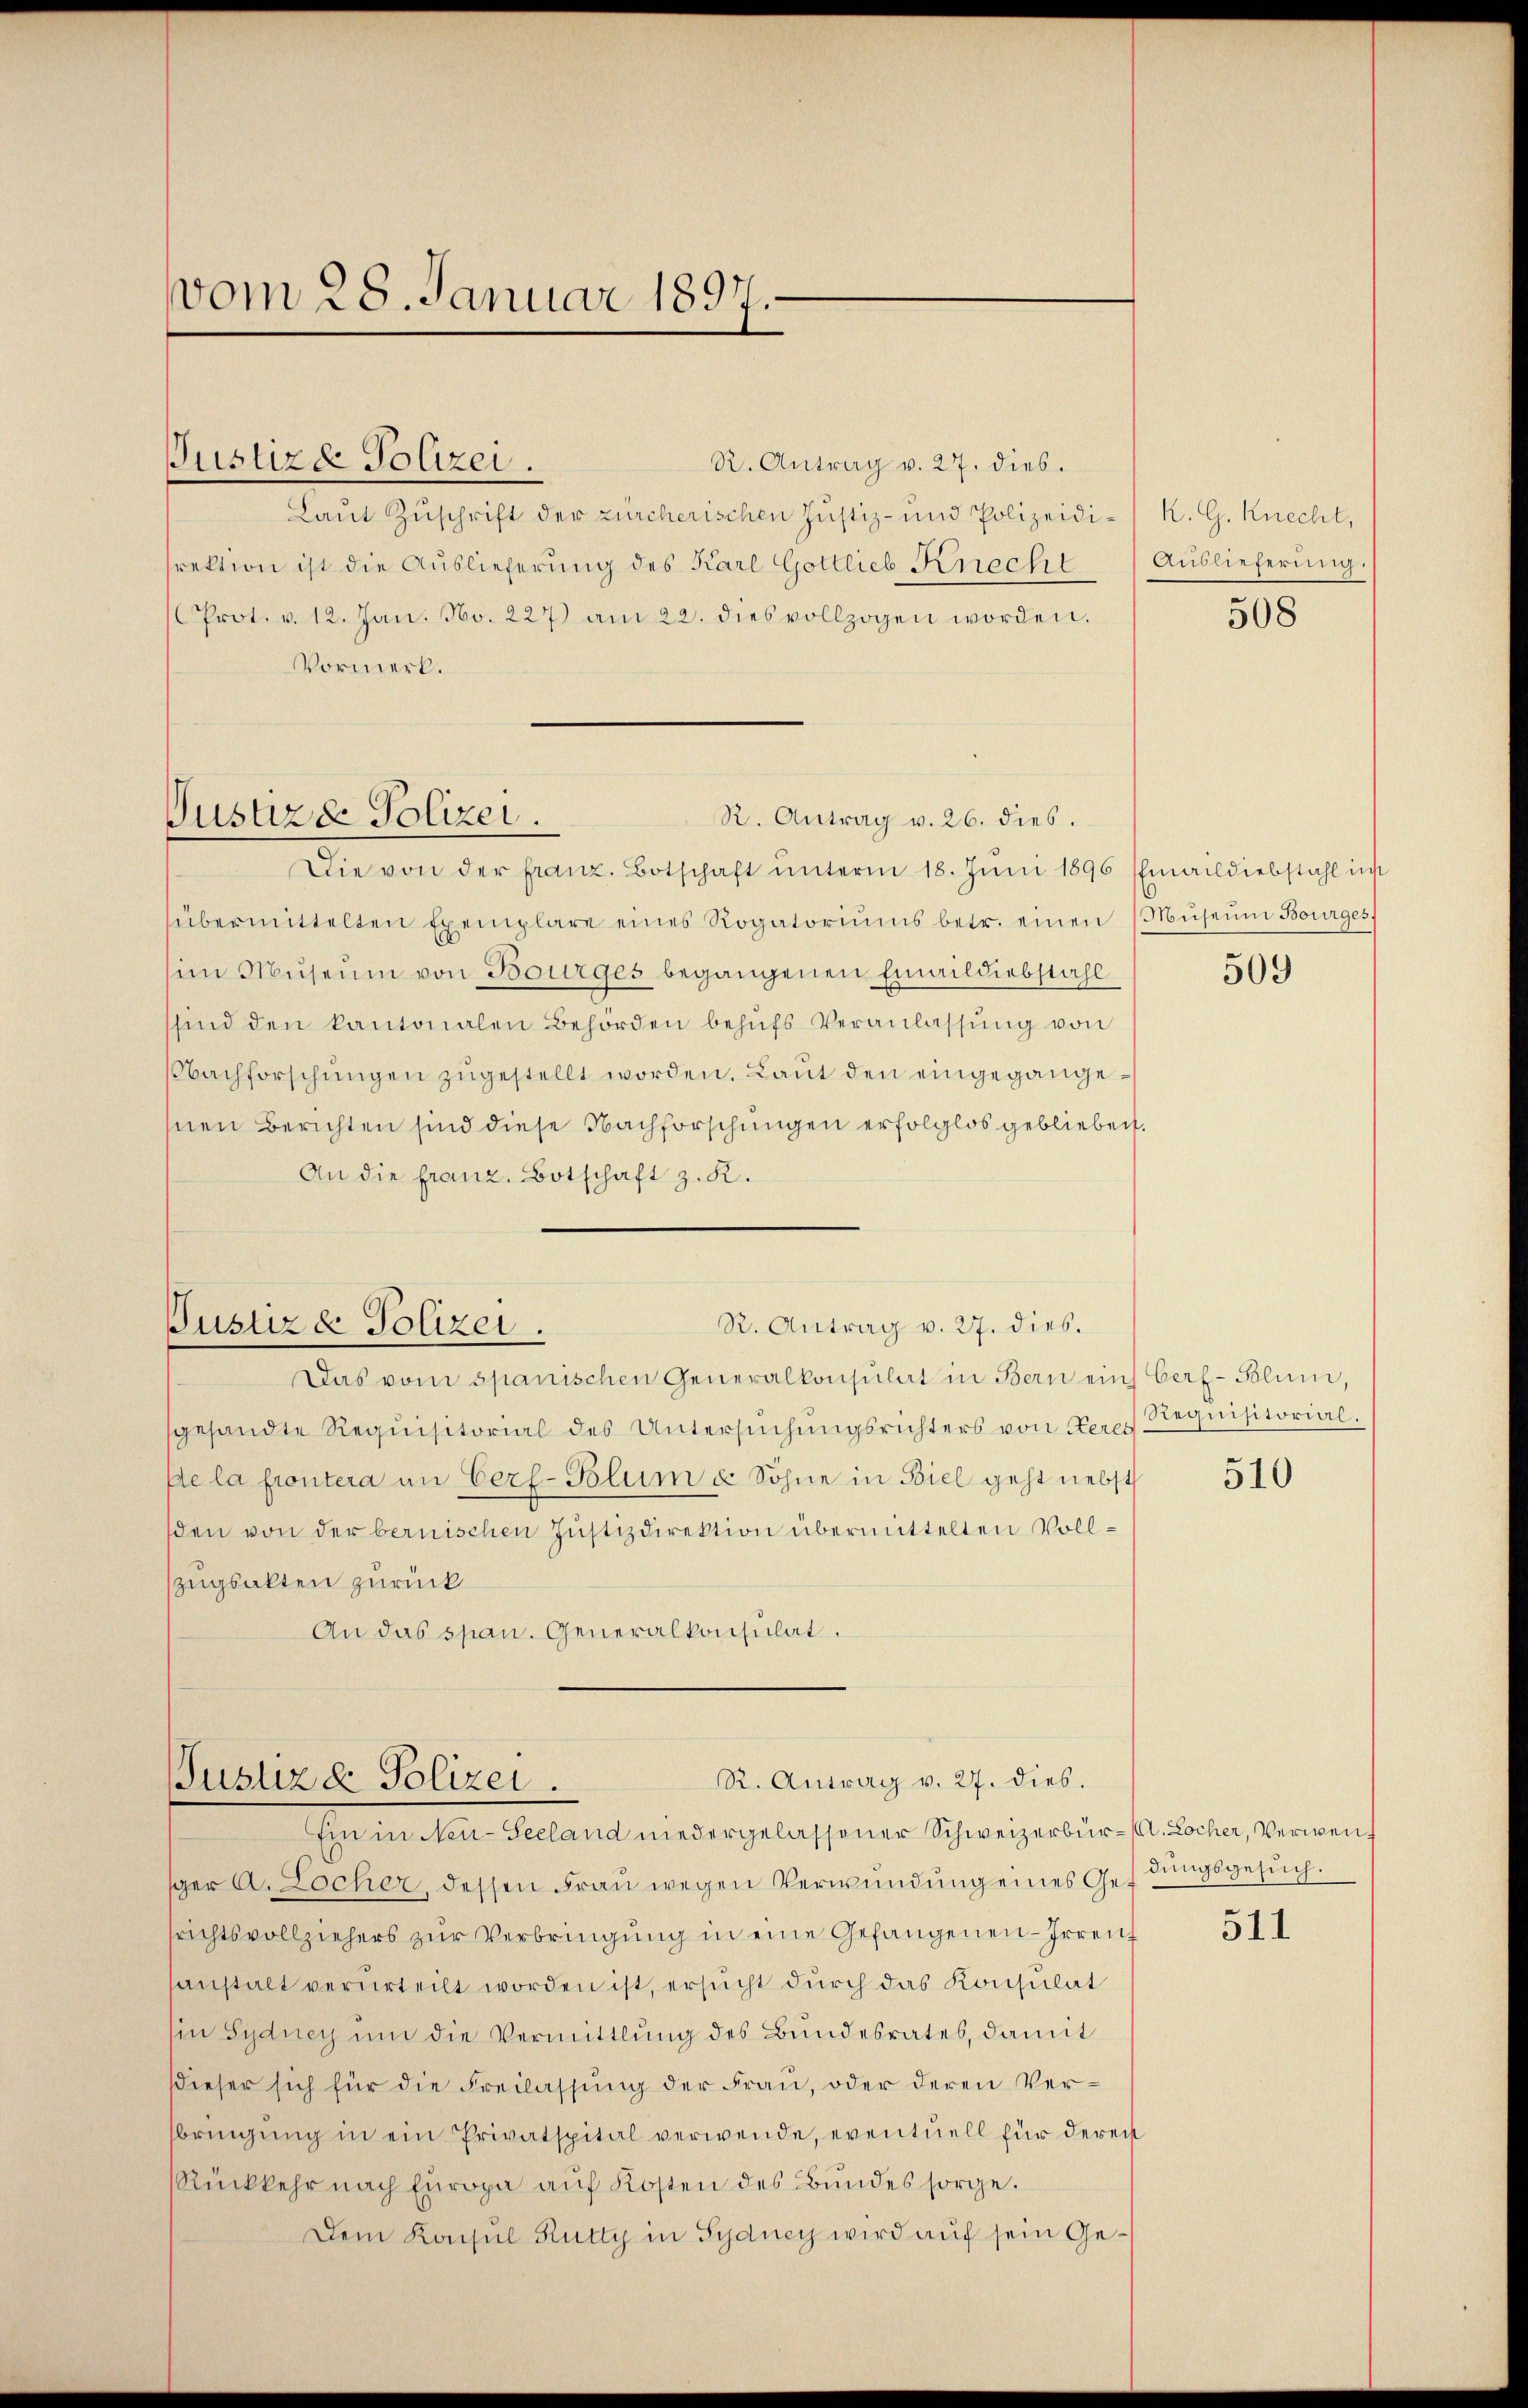
vom 28. Januar 1891

Justizde Polizei.

R. Antrag v. 26. dies.
Justiz & Polizei.

Justizde Polizei.

R. Antrag v. 27. dies.
Laut Zuschrift der zürcherischen Justiz- und Polizeidi- K. G. Knecht,
rektion ist die Auslieferung des Karl Gottlieb Knecht
Prot. v. 12. Jan. No. 227) am 22. dies vollzogen worden.
Vormerk.
Die von der franz. Botschaft unterm 18. Juni 1896 Emaildiebstahl in
übermittelten Exemplare eines Rogatoriŭms betr. einen
im Museum von Bourges begangenen Emaildiebstahl
ssind den kantonalen Behörden behŭfs Veranlassŭng von
Nachforschungen zugestellt worden. Laut den eingegangesnen Berichten sind diese Nachforschungen erfolglos geblieben.
An die franz. Botschaft z. K.

R. Antrag v. 27. dies.

R. Antrag v. 27. dies.
Justiz & Polizei.
Ein in den Seeland niedergelassener Schweizerbür-Auscher, Verwen¬

Das vom spanischen Generalkonsulat in Bern ein Cerf- Blum,
gesandte Requisitorial des Untersuchungsrichters von Keres Requisitorial
de la frontera in Cerf-Polum u. Söhne in Biel geht nebst
den von der bernischen Justizdirektion übermittelten Vollzugsakten zurück
An das span. Generalkonsulat.

sger A. Locher, dessen Frau wegen Verwundung eines Geftungsgesuch.
srichtsvollziehers zŭr Verbringung in eine Gefangenen - Irrenz
sanstalt verurteilt worden ist, ersucht durch das Konsulat
(in Sydney um die Vermittlung des Bundesrates, damit
dieser sich für die Freilassung der Frau, oder deren Verbringung in ein Privatspital verwende, eventuell für dereis
Rückkehr nach Europa auf Kosten des Bundes sorge.
Dem Konsul Rutty in Sydney wird auf sein Ge¬

Auslieferung.

508

Museum Bourges,

509

510

511